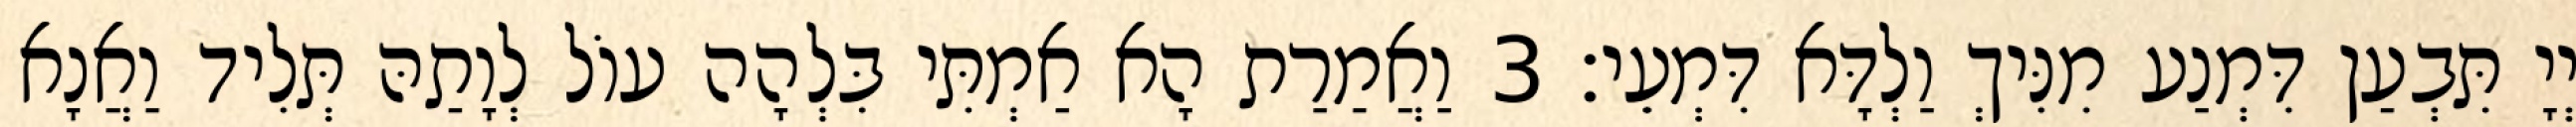
יְיָ תִּבְעַן דִּמְנַע מִנִּיךְ וַלְדָּא דִּמְעֵי׃ 3 וַאֲמַרַת הָא אַמְתִּי בִּלְהָה עוֹל לְוָתַהּ תְּלִיד וַאֲנָא